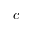
c